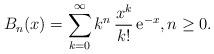
LaTeX: \begin{align*} B_n(x)=\sum_{k=0}^{\infty} k^n \, \frac{x^k}{k!}\,{\rm e}^{-x}, n\geq 0. \end{align*}